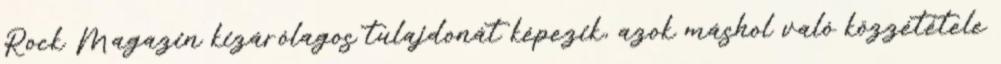
Rock Magazin kizárólagos tulajdonát képezik, azok máshol való közzététele